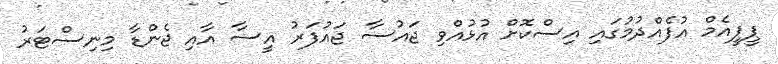
ޕީޕީއެމް އުފެއްދުމުގައި އިސްކޮށް އުޅުއްވި ޖައުސާ ޖައުފަރު އީސާ އާއި ޖެންޑާ މިނިސްޓަރު